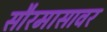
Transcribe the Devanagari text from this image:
सौरमासावर